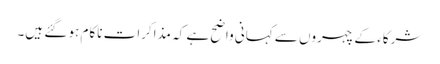
شرکاء کے چہروں سے کہانی واضح ہے کہ مذاکرات ناکام ہو گئے ہیں۔